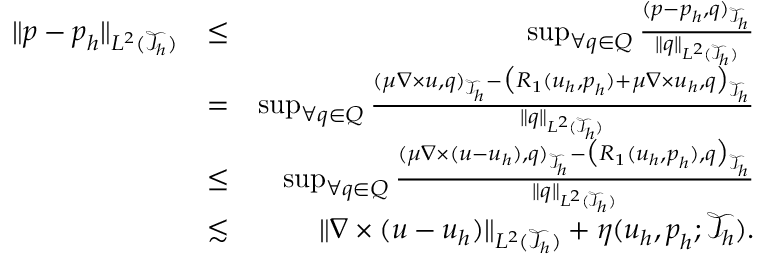
\begin{array} { r l r } { \| \boldsymbol { p } - \boldsymbol { p } _ { h } \| _ { L ^ { 2 } ( \mathcal { T } _ { h } ) } } & { \leq } & { \operatorname* { s u p } _ { \forall \boldsymbol { q } \in \boldsymbol { Q } } \frac { ( \boldsymbol { p } - \boldsymbol { p } _ { h } , \boldsymbol { q } ) _ { \mathcal { T } _ { h } } } { \| \boldsymbol { q } \| _ { L ^ { 2 } ( \mathcal { T } _ { h } ) } } } \\ & { = } & { \operatorname* { s u p } _ { \forall \boldsymbol { q } \in \boldsymbol { Q } } \frac { ( \mu \nabla \times \boldsymbol { u } , \boldsymbol { q } ) _ { \mathcal { T } _ { h } } - \big ( R _ { 1 } ( \boldsymbol { u } _ { h } , \boldsymbol { p } _ { h } ) + \mu \nabla \times \boldsymbol { u } _ { h } , \boldsymbol { q } \big ) _ { \mathcal { T } _ { h } } } { \| \boldsymbol { q } \| _ { L ^ { 2 } ( \mathcal { T } _ { h } ) } } } \\ & { \leq } & { \operatorname* { s u p } _ { \forall \boldsymbol { q } \in \boldsymbol { Q } } \frac { ( \mu \nabla \times ( \boldsymbol { u } - \boldsymbol { u } _ { h } ) , \boldsymbol { q } ) _ { \mathcal { T } _ { h } } - \big ( R _ { 1 } ( \boldsymbol { u } _ { h } , \boldsymbol { p } _ { h } ) , \boldsymbol { q } \big ) _ { \mathcal { T } _ { h } } } { \| \boldsymbol { q } \| _ { L ^ { 2 } ( \mathcal { T } _ { h } ) } } } \\ & { \lesssim } & { \| \nabla \times ( \boldsymbol { u } - \boldsymbol { u } _ { h } ) \| _ { L ^ { 2 } ( \mathcal { T } _ { h } ) } + \eta ( u _ { h } , \boldsymbol { p } _ { h } ; \mathcal { T } _ { h } ) . } \end{array}